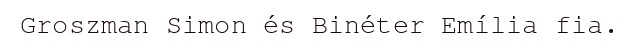
Groszman Simon és Binéter Emília fia.